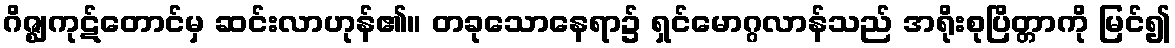
ဂိဇ္ဈကုဋ်တောင်မှ ဆင်းလာဟုန်၏။ တခုသောနေရာ၌ ရှင်မောဂ္ဂလာန်သည် အရိုးစုပြိတ္တာကို မြင်၍